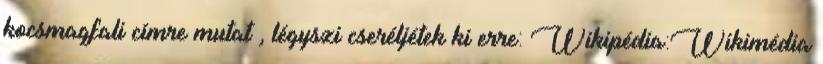
kocsmagfali címre mutat , légyszi cseréljétek ki erre: Wikipédia:Wikimédia